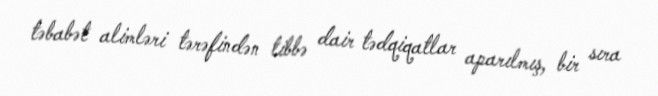
təbabət alimləri tərəfindən tibbə dair tədqiqatlar aparılmış, bir sıra